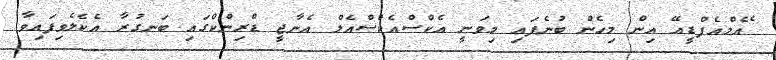
ެއެމްއެފްޑީއޭ އިން މިހެން ބުނެފައި މިވަނީ އެކްސްއެކްސްއެލް އެނާޖީ ޑްރިންކްގައި ބަނގުރާ އެކެލެވިފައިވާ